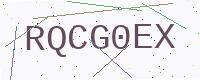
Text: RQCG0EX